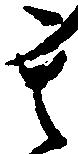
其